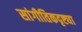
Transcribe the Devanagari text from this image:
सांगीतिकदृष्ट्या